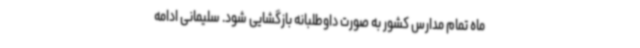
ماه تمام مدارس کشور به صورت داوطلبانه بازگشایی شود. سلیمانی ادامه